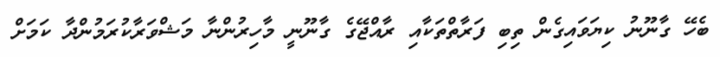
ބެހޭ ގާނޫނު ކިޔަވައިގެން ތިބި ފަރާތްތަކާއި ރާއްޖޭގެ ގާނޫނީ މާހިރުންނާ މަޝްވަރާކުރަމުންދާ ކަމަށް